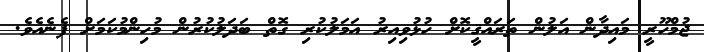
ޖުމްހޫރީ މައިދާން އަލުން ތަރައްޤީކޮށް ހުޅުވިއިރު އަމަލުކުރި ގޮތް ބަދަލުކުރުން މުހިންމުކަމަށް ފެނެއެވެ.